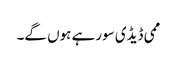
ممی ڈیڈی سورہے ہوں گے۔